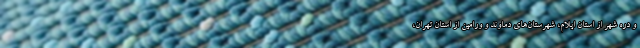
و دره شهر از استان ایلام، شهرستان‌های دماوند و ورامین از استان تهران،